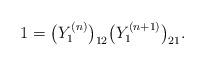
LaTeX: \begin{gather*}1 = \big(Y^{(n)}_1\big)_{12}\big(Y^{(n+1)}_1\big)_{21}.\end{gather*}